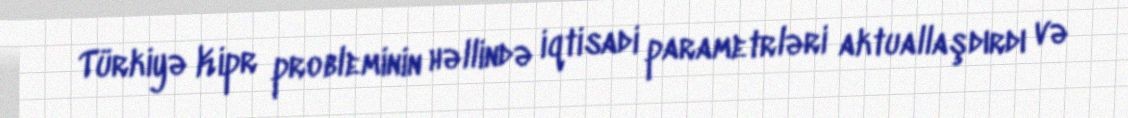
Türkiyə Kipr probleminin həllində iqtisadi parametrləri aktuallaşdırdı və